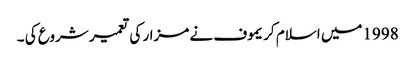
1998میں اسلام کریموف نے مزار کی تعمیر شروع کی ۔